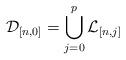
LaTeX: \begin{align*}\mathcal{D}_{[n,0]}=\bigcup_{j=0}^{p}\mathcal{L}_{[n,j]}\end{align*}